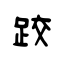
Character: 跤